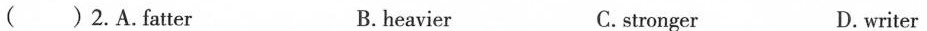
( ) 2.A.Fatter B. heavier C.stronger D.writer